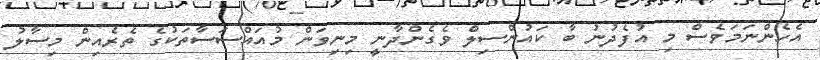
އެހެންނަމަވެސް މި އުފެދުނު ބާ ކައުންސިލް ވެގެންދާނީ މިނިވަން މުއައްސަސާތަކުގެ ތެރެއިން މިސާލު